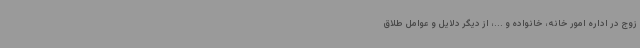
زوج در اداره امور خانه، خانواده و ...، از دیگر دلایل و عوامل طلاق